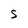
Character: S